Document type: Sale
Year: 1440
Scribe: Pere Pau Pujades
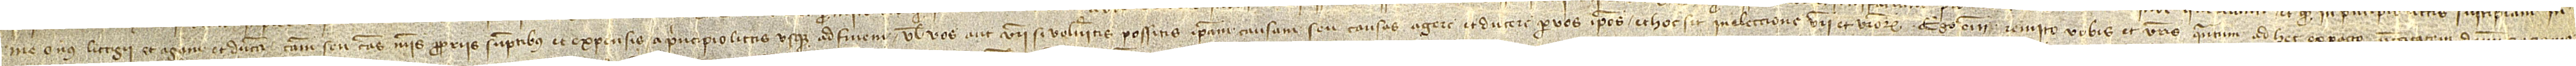
me onus littigii, et agam et ducam causam seu causas meis propriis sumptibus et expensis a principio littis usque ad finem, vel vos aut vestri si volueritis possitis ipsam causam seu causas agere et ducere per vos ipsos, et hoc sit in eleccione vestri et vestrorum. Ego enim remito vobis et vestris quantum a d hec ex pacto neccesitatem denunciacionis.